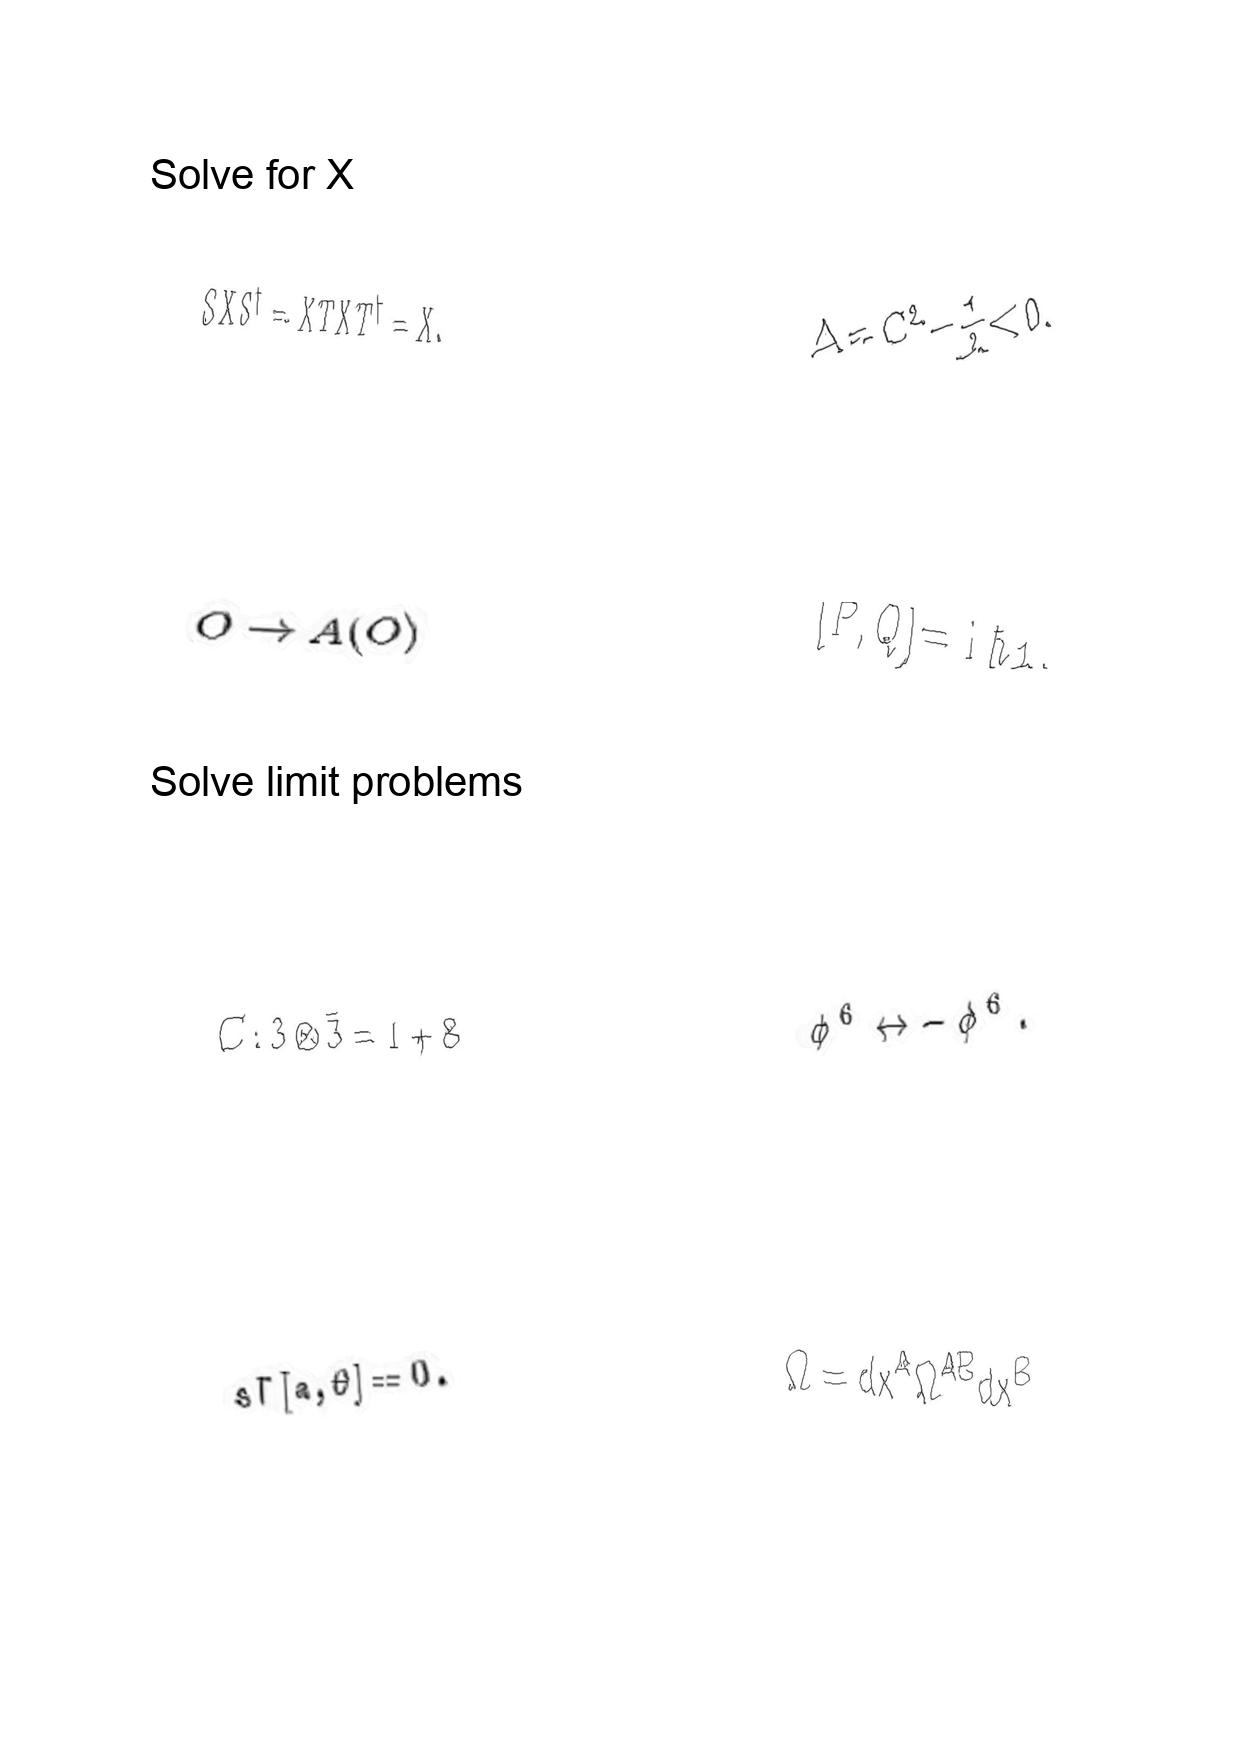
LaTeX transcription:
S X S ^ { \dagger } = X T X T ^ { \dagger } = X .
O \rightarrow A \lparen O \rparen
C : 3 \otimes \bar { 3 } = 1 + 8
s \Gamma \lbrack a , \theta \rbrack = 0 .
\Delta = C ^ { 2 } - \frac { 1 } { 2 } \lt 0 .
\lbrack P , Q \rbrack = \mathrm { i } \hbar 1 .
\phi ^ { 6 } \leftrightarrow - \phi ^ { 6 } .
\Omega = d x ^ { A } \Omega ^ { A B } d x ^ { B }